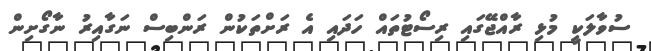
ސުވާލަކީ މުޅި ރާއްޖޭގައި ރިސޯޓުތައް ހަދައި އެ ރަށްތަކުން ރަންބިސް ނަގާއިރު ނާގޯށިން